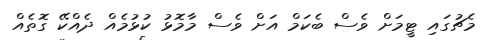
މެޗުގައި ޓީމަށް ވެސް ބެކަމް އަށް ވެސް މާމޮޅު ކުޅުމެއް ދެއްކޭ ގޮތެއް